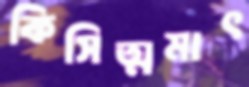
কিসিত্মমাৎ